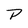
Character: P